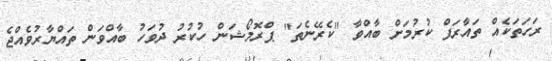
ރަހަތަކެއް ތައާރަފް ކުރުމަށް ބާއްވާ "ކެރޭނެތަ" ޕްރޮމޯޝަން ހުކުރު ދުވަހު ބާއްވަން ތައްޔާރުވެއްޖެ